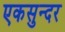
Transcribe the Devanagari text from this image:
एकसुन्दर